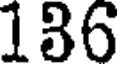
136